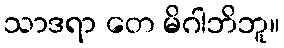
သာဒရာ တေ မိဂါဘိဘူ။